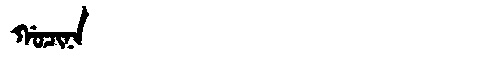
Manchu: ᡤᠣᠴᡳᠨᠠ
Romanization: GOCINA